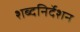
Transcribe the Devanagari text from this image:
शब्दनिर्देशन